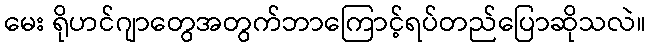
မေး ရိုဟင်ဂျာတွေအတွက်ဘာကြောင့်ရပ်တည်ပြောဆိုသလဲ။